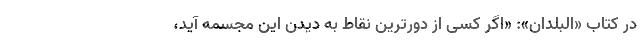
در کتاب «البلدان»: «اگر کسی از دورترین نقاط به دیدن این مجسمه آید،